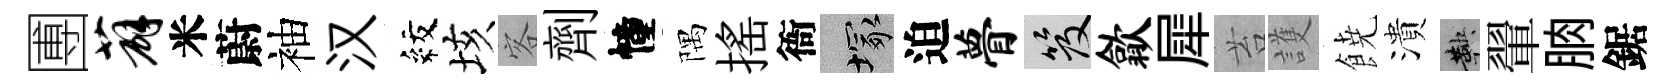
圑薜米蔚袖汉紋垓客劑幢隅搖衙塚迫瞢笈歙犀苔護𩜙潰鞅翬朒鋸